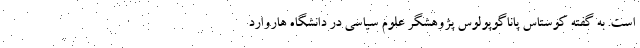
است. به گفته کوستاس پاناگوپولوس پژوهشگر علوم سیاسی در دانشگاه هاروارد